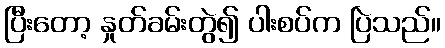
ပြီးတော့ နှုတ်ခမ်းတွဲ၍ ပါးစပ်က ပြဲသည်။